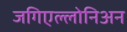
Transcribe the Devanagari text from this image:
जगिएल्लोनिअन